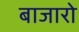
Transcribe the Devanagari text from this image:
बाजारो